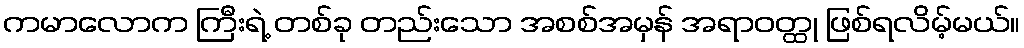
ကမာလောက ကြီးရဲ့ တစ်ခု တည်းသော အစစ်အမှန် အရာဝတ္ထု ဖြစ်ရလိမ့်မယ်။